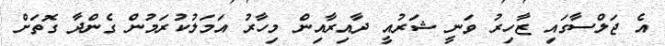
އެ ޖަލްސާގައި ޒާހިރު ވަނީ ޝަރުއީ ދާއިރާއިން މިހާރު އަމަލުކުރަމުން ގެންދާ ގޮތަށް